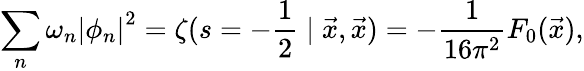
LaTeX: \sum_{n}\omega_{n}\left|\phi_{n}\right|^{2}=\zeta(s=-\frac{1}{2}\mid\vec{x},\vec{x})=-\frac{1}{16\pi^{2}}F_{0}(\vec{x}),